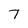
Character: 7